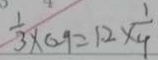
\frac { 1 } { 3 } \times 0 . 9 = 1 . 2 \times \frac { 1 } { 4 }